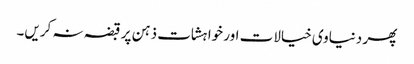
پھر دنیاوی خیالات اور خواہشات ذہن پر قبضہ نہ کریں۔